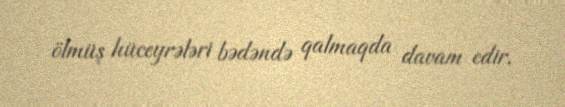
ölmüş hüceyrələri bədəndə qalmaqda davam edir.